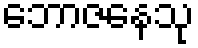
ဘောဇနေသု